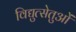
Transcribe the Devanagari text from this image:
विद्युत्सेतुओं